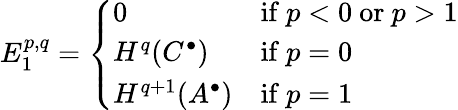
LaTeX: E_{1}^{p,q}={\left\{ \begin{array}{ll}{0}&{{\mathrm{if~}}p<0{\mathrm{~or~}}p>1}\\ {H^{q}(C^{\bullet})}&{{\mathrm{if~}}p=0}\\ {H^{q+1}(A^{\bullet})}&{{\mathrm{if~}}p=1}\end{array}\right.}